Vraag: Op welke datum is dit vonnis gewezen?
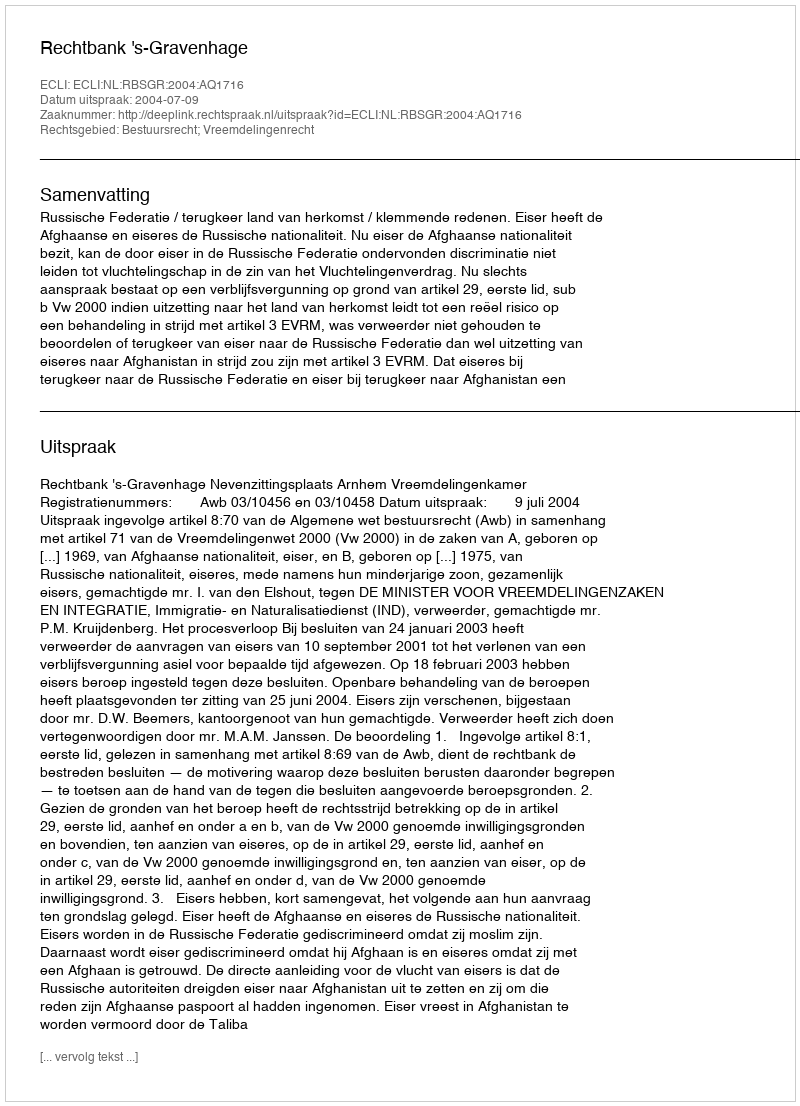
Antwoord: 2004-07-09